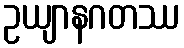
ဥယျာနဂတဿ